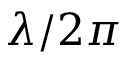
\lambda / 2 \pi